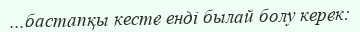
...бастапқы кесте енді былай болу керек: